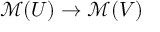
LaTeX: { \mathcal { M } } ( U ) \to { \mathcal { M } } ( V )